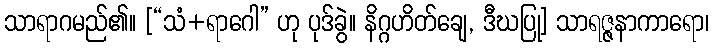
သာရာဂမည်၏။ [“သံ+ရာဂေါ” ဟု ပုဒ်ခွဲ။ နိဂ္ဂဟိတ်ချေ, ဒီဃပြု] သာရဇ္ဇနာကာရော၊